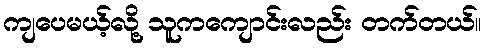
ကျပေမယ့်လို့ သူကကျောင်းလည်း တက်တယ်။